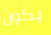
يكون